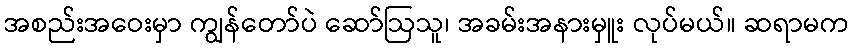
အစည်းအဝေးမှာ ကျွန်တော်ပဲ ဆော်ဩသူ၊ အခမ်းအနားမှူး လုပ်မယ်။ ဆရာမက